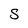
Character: S